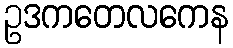
ဥဒကတေလကေန